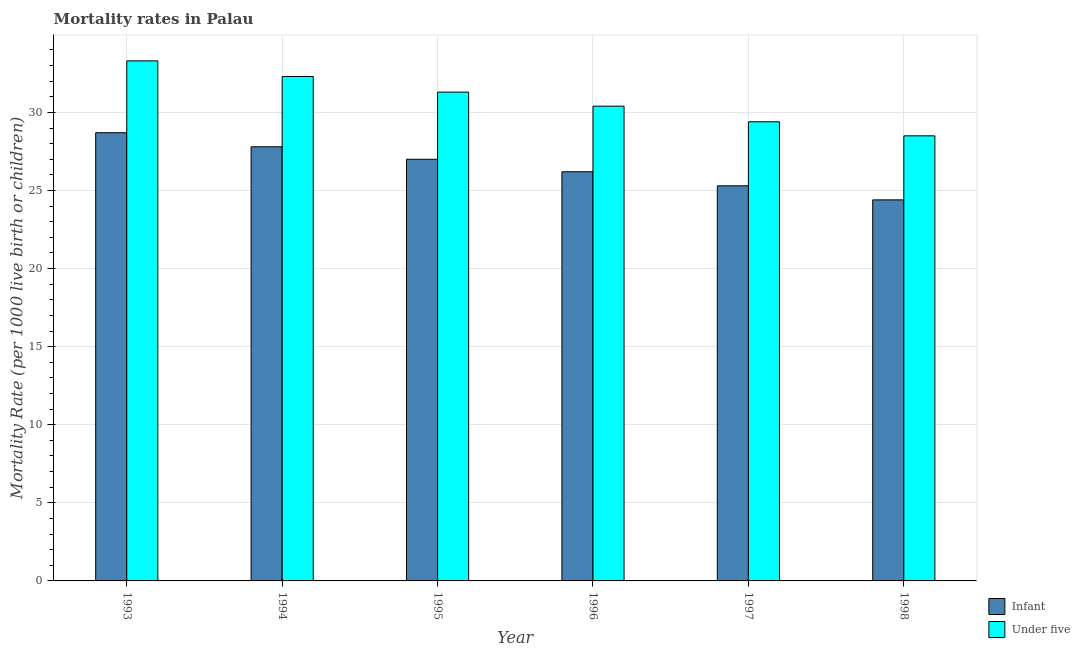
| Year | Infant | Under five |
 | --- | --- | --- |
 | 1993 | 28.7 | 33.3 |
 | 1994 | 27.8 | 32.3 |
 | 1995 | 27 | 31.3 |
 | 1996 | 26.2 | 30.4 |
 | 1997 | 25.3 | 29.4 |
 | 1998 | 24.4 | 28.5 |